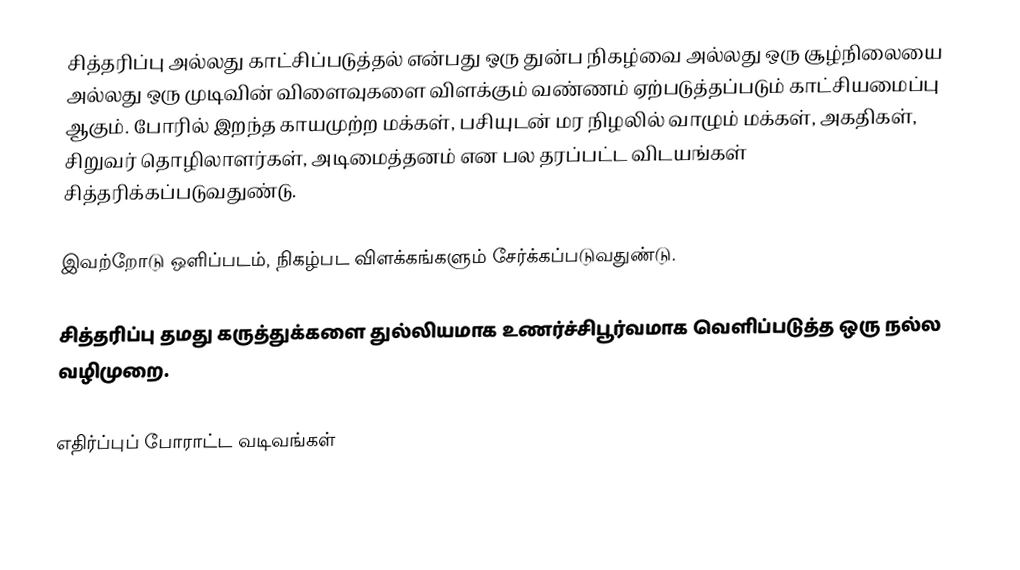
சித்தரிப்பு அல்லது காட்சிப்படுத்தல் என்பது ஒரு துன்ப நிகழ்வை அல்லது ஒரு சூழ்நிலையை அல்லது ஒரு முடிவின் விளைவுகளை விளக்கும் வண்ணம் ஏற்படுத்தப்படும் காட்சியமைப்பு ஆகும்.  போரில் இறந்த காயமுற்ற மக்கள், பசியுடன் மர நிழலில் வாழும் மக்கள், அகதிகள், சிறுவர் தொழிலாளர்கள், அடிமைத்தனம் என பல தரப்பட்ட விடயங்கள் சித்தரிக்கப்படுவதுண்டு.

இவற்றோடு ஒளிப்படம், நிகழ்பட விளக்கங்களும் சேர்க்கப்படுவதுண்டு.

சித்தரிப்பு தமது கருத்துக்களை துல்லியமாக உணர்ச்சிபூர்வமாக வெளிப்படுத்த ஒரு நல்ல வழிமுறை.

எதிர்ப்புப் போராட்ட வடிவங்கள்